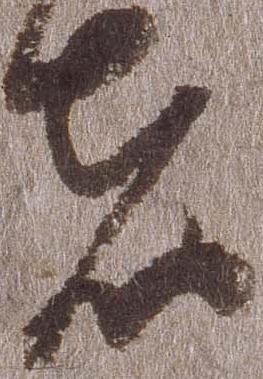
者